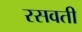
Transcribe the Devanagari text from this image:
रसवती